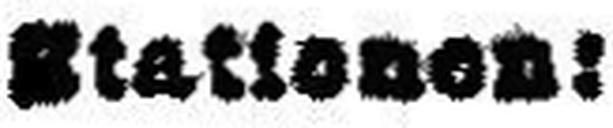
Stationen: